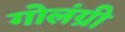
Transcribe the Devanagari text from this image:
गोलंग्री